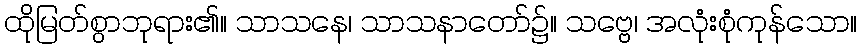
ထိုမြတ်စွာဘုရား၏။ သာသနေ၊ သာသနာတော်၌။ သဗ္ဗေ၊ အလုံးစုံကုန်သော။